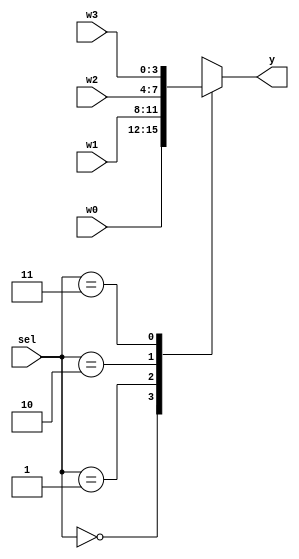
module multiplexer4x4 (
	input [3:0] w3 ,
	input [3:0] w2 ,
	input [3:0] w1 ,
	input [3:0] w0 ,
	input [1:0] sel ,
	output [3:0] y
);
	/* write your code here */
	reg [3:0] y;
	always @(w0 or w1 or w2 or w3 or sel)
				case (sel)
					2'b00 : y = w0;
					2'b01 : y = w1;
					2'b10 : y = w2;
					2'b11 : y = w3;
				endcase
	
	/* write your code here */

endmodule